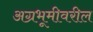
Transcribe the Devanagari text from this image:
अग्रभूमीवरील